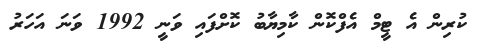
ކުރިން އެ ޓީމް އެފްކޮން ކާމިޔާބު ކޮށްފައި ވަނީ 1992 ވަނަ އަހަރު